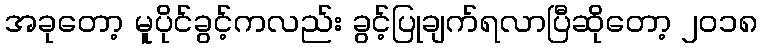
အခုတော့ မူပိုင်ခွင့်ကလည်း ခွင့်ပြုချက်ရလာပြီဆိုတော့ ၂၀၁၈